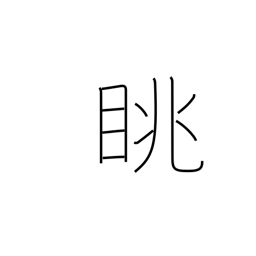
Meaning: look at